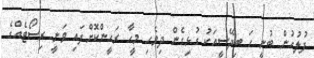
ފުލުހުން ބުނީ ހަ ބިދޭސީއަކު ގުޅިގެން ދިވެހި މީހާ ރަހީންކޮށްފައި ވަނީ ރިސޯޓެއްގެ